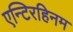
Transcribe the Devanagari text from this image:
एन्टिरहिनम